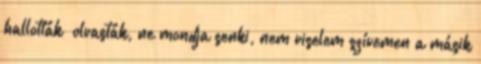
hallották olvasták, ne mondja senki, nem viselem szívemen a másik